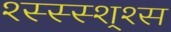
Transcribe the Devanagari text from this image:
श्स्स्स्श्श्स